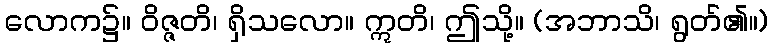
လောက၌။ ဝိဇ္ဇတိ၊ ရှိသလော။ ဣတိ၊ ဤသို့။ (အဘာသိ၊ ရွတ်၏။)